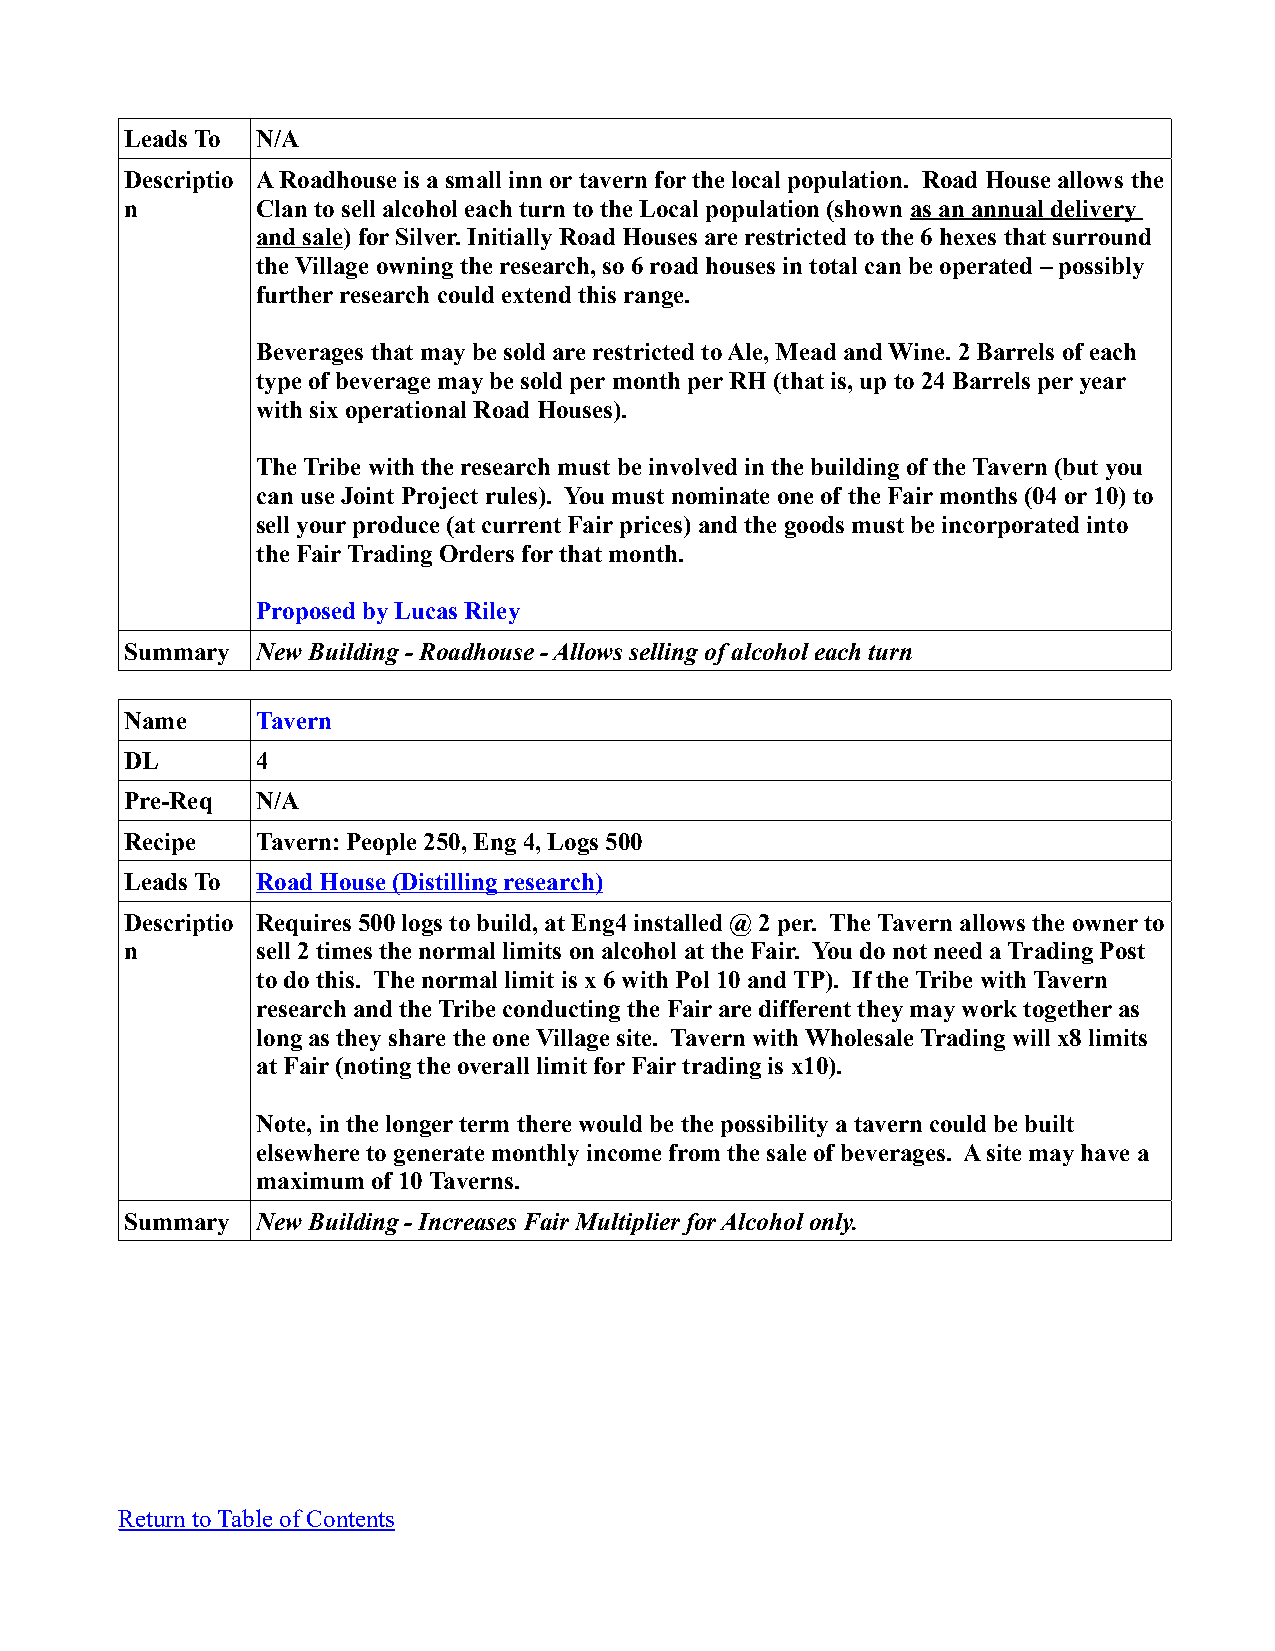
Leads To N/A
 Descriptio A Roadhouse is a small inn or tavern for the local population. Road House allows the
 n        Clan to sell alcohol each turn to the Local population (shown as an annual delivery
 and sale) for Silver. Initially Road Houses are restricted to the 6 hexes that surround
 the Village owning the research, so 6 road houses in total can be operated – possibly
 further research could extend this range.
 Beverages that may be sold are restricted to Ale, Mead and Wine. 2 Barrels of each
 type of beverage may be sold per month per RH (that is, up to 24 Barrels per year
 with six operational Road Houses).
 The Tribe with the research must be involved in the building of the Tavern (but you
 can use Joint Project rules). You must nominate one of the Fair months (04 or 10) to
 sell your produce (at current Fair prices) and the goods must be incorporated into
 the Fair Trading Orders for that month.
 Proposed by Lucas Riley
 Summary  New Building - Roadhouse - Allows selling of alcohol each turn
 Name     Tavern
 DL       4
 Pre-Req  N/A
 Recipe   Tavern: People 250, Eng 4, Logs 500
 Leads To Road House (Distilling research)
 Descriptio Requires 500 logs to build, at Eng4 installed @ 2 per. The Tavern allows the owner to
 n        sell 2 times the normal limits on alcohol at the Fair. You do not need a Trading Post
 to do this. The normal limit is x 6 with Pol 10 and TP). If the Tribe with Tavern
 research and the Tribe conducting the Fair are different they may work together as
 long as they share the one Village site. Tavern with Wholesale Trading will x8 limits
 at Fair (noting the overall limit for Fair trading is x10).
 Note, in the longer term there would be the possibility a tavern could be built
 elsewhere to generate monthly income from the sale of beverages. A site may have a
 maximum of 10 Taverns.
 Summary  New Building - Increases Fair Multiplier for Alcohol only.
 Return to Table of Contents